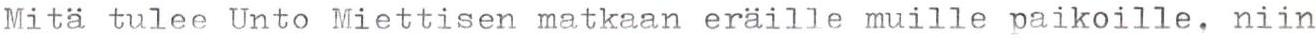
Mitä tulee Unto Miettisen matkaan eräille muille paikoille, niin